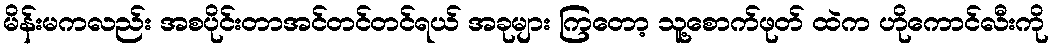
မိန်းမကလည်း အစပိုင်းတာအင်တင်တင်ရယ် အခုများ ကြတော့ သူ့စောက်ဖုတ် ထဲက ဟိုကောင်လီးကို